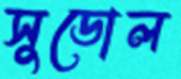
সুডোল